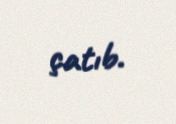
çatıb.